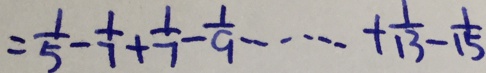
= \frac { 1 } { 5 } - \frac { 1 } { 7 } + \frac { 1 } { 7 } - \frac { 1 } { 9 } + \cdots + \frac { 1 } { 1 3 } - \frac { 1 } { 1 5 }